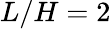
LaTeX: L/H=2